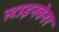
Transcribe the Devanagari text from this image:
स्टाइनब्रेनर